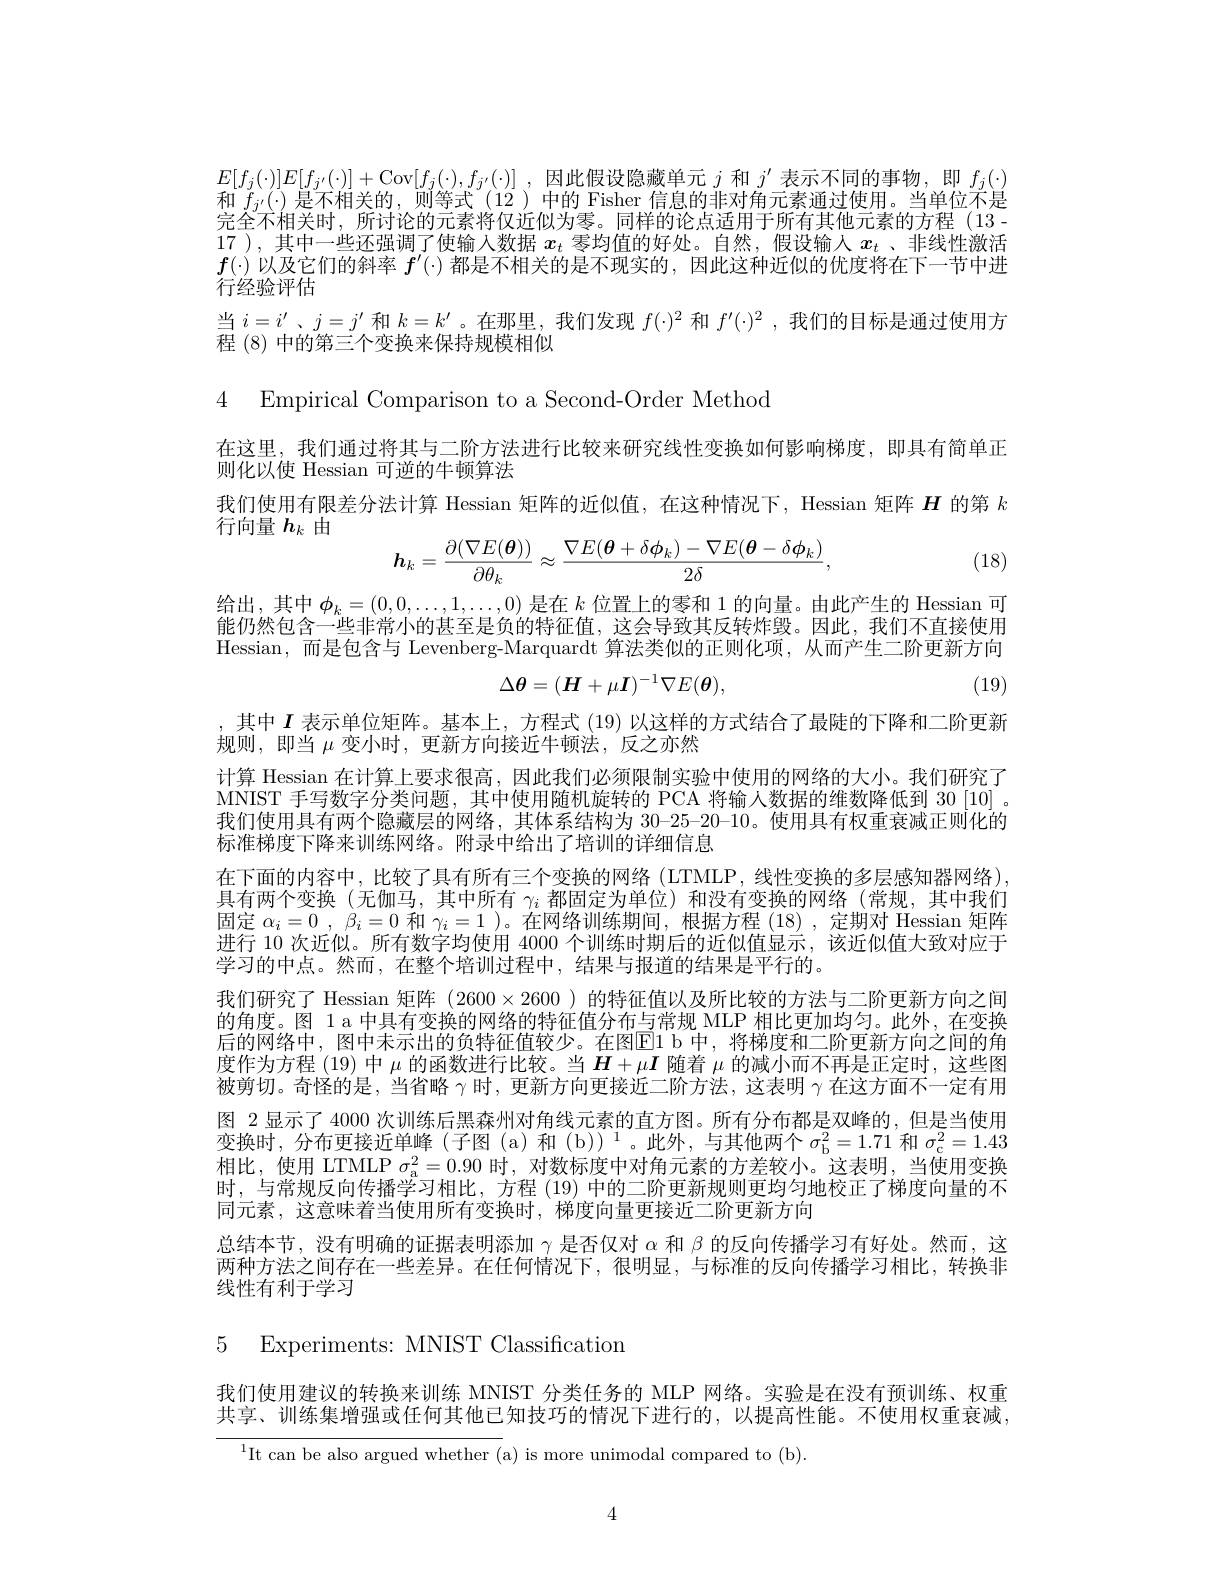
$E[f_{j}(\cdot)]E[f_{j^{\prime}}(\cdot)]+$Cov$[ f_j( \cdot ) , f_{j^{\prime }}( \cdot ) ]$ , 因此假设隐藏单元$j$和$j^\prime$表示不同的事物，即$f_j(\cdot)$ 和$f_{j^{\prime}}(\cdot)$是不相关的，则等式 (12 )中的 Fisher 信息的非对角元素通过使用。当单位不是完全不相关时，所讨论的元素将仅近似为零。同样的论点适用于所有其他元素的方程(13-1) 17 ),其中一些还强调了使输人数据$x_t$零均值的好处。自然，假设输入$x_t$ 、非线性激活$f(\cdot)$以及它们的斜率$f^\prime(\cdot)$都是不相关的是不现实的，因此这种近似的优度将在下一节中进行经验评估
当$i=i^{\prime}$ 、$j=j^{\prime}$和$k=k^\prime$ 。在那里，我们发现$f(\cdot)^2$和$f^\prime(\cdot)^2$ ,我们的目标是通过使用方
程 (8) 中的第三个变换来保持规模相似

4 Empirical Comparison to a Second-Order Method

在这里，我们通过将其与二阶方法进行比较来研究线性变换如何影响梯度，即具有简单正
则化以使 Hessian 可逆的牛顿算法
我们使用有限差分法计算 Hessian 矩阵的近似值，在这种情况下，Hessian 矩阵$\boldsymbol{H}$的第$k$
行向量$h_k$由
$$\boldsymbol{h}_{k}=\frac{\partial(\nabla E(\boldsymbol{\theta}))}{\partial\theta_{k}}\approx\frac{\nabla E(\boldsymbol{\theta}+\delta\phi_{k})-\nabla E(\boldsymbol{\theta}-\delta\phi_{k})}{2\delta},$$
(18)

给出，其中$\phi_k=(0,0,\ldots,1,\ldots,0)$是在$k$位置上的零和 1 的向量。由此产生的 Hessian 可能仍然包含一些非常小的甚至是负的特征值，这会导致其反转炸毁。因此，我们不直接使用Hessian,而是包含与 Levenberg-Marquardt 算法类似的正则化项，从而产生二阶更新方向
$$\Delta\theta=(H+\mu\boldsymbol{I})^{-1}\nabla E(\boldsymbol{\theta}),$$
(19)

,其中$I$表示单位矩阵。基本上，方程式 (19) 以这样的方式结合了最陡的下降和二阶更新
规则，即当$\mu$变小时，更新方向接近牛顿法，反之亦然
计算 Hessian 在计算上要求很高，因此我们必须限制实验中使用的网络的大小。我们研究了MNIST 手写数字分类问题，其中使用随机旋转的 PCA 将输人数据的维数降低到 30 [10] 。我们使用具有两个隐藏层的网络，其体系结构为 30-25-20-10。使用具有权重衰减正则化的标准梯度下降来训练网络。附录中给出了培训的详细信息
在下面的内容中，比较了具有所有三个变换的网络 (LTMLP, 线性变换的多层感知器网络), 具有两个变换(无伽马，其中所有$\gamma_i$都固定为单位)和没有变换的网络(常规，其中我们固定$\alpha_i=0,\beta_i=0$和$\gamma_i=1$ )。在网络训练期间，根据方程(18),定期对 Hessian 矩阵进行 10 次近似。所有数字均使用 4000 个训练时期后的近似值显示 ,该近似值大致对应于学习的中点。然而，在整个培训过程中，结果与报道的结果是平行的。
我们研究了 Hessian 矩阵(2600×2600)的特征值以及所比较的方法与二阶更新方向之间的角度。图 1 a 中具有变换的网络的特征值分布与常规 MLP 相比更加均匀。此外，在变换后的网络中，图中未示出的负特征值较少。在图El b 中，将梯度和二阶更新方向之间的角度作为方程 (19) 中$\mu$的函数进行比较。当$H+\mu\boldsymbol{I}$随着$\mu$的减小而不再是正定时，这些图被剪切。奇怪的是 , 当省略$\gamma$时，更新方向更接近二阶方法，这表明$\gamma$在这方面不一定有用图 2 显示了 4000 次训练后黑森州对角线元素的直方图。所有分布都是双峰的，但是当使用$变换时，分布更接近单峰(子图(a)和(b))^1。此外，与其他两个 σ_b^2=1.71 和 σ_c^2=1.43$ 相比，使用 LTMLP $\sigma_{\mathrm{a}}^2=0.90$时，对数标度中对角元素的方差较小。这表明，当使用变换时，与常规反向传播学习相比，方程 (19) 中的二阶更新规则更均匀地校正了梯度向量的不同元素，这意味着当使用所有变换时，梯度向量更接近二阶更新方向
总结本节，没有明确的证据表明添加$\gamma$是否仅对$\alpha$和$\beta$的反向传播学习有好处。然而，这两种方法之间存在一些差异。在任何情况下，很明显，与标准的反向传播学习相比，转换非线性有利于学习
5 Experiments: MNIST Classification

我们使用建议的转换来训练 MNIST 分类任务的 MLP 网络。实验是在没有预训练、权重共享、训练集增强或任何其他已知技巧的情况下进行的，以提高性能。不使用权重衰减

$^{1}$It can be also argued whether (a) is more unimodal compared to (b)